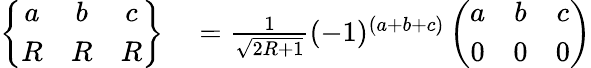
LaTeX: \begin{array}{rl}{\left\{ \begin{array}{ccc}{a}&{b}&{c}\\ {R}&{R}&{R}\end{array}\right\} }&{{}=\frac{1}{\sqrt{2R+1}}(-1)^{(a+b+c)}\left(\begin{array}{ccc}{a}&{b}&{c}\\ {0}&{0}&{0}\end{array}\right)}\end{array}